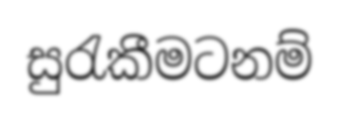
සුරැකීමටනම්